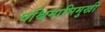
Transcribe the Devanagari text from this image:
पश्चिमाभिमुखी